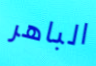
الباهر